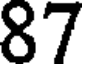
87